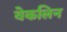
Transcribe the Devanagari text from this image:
वेकलिन